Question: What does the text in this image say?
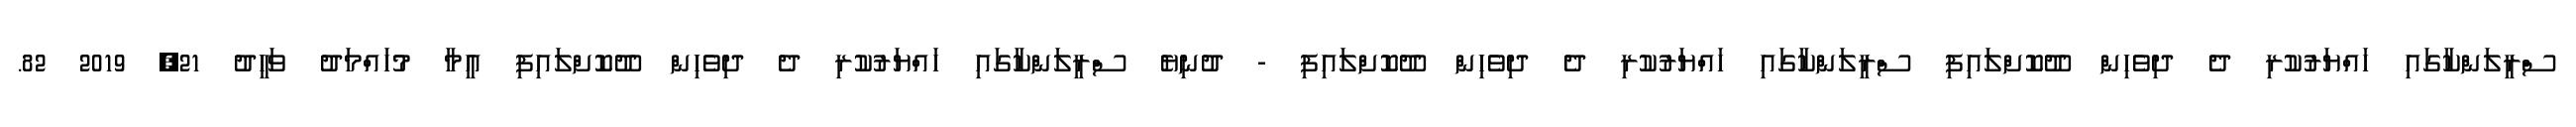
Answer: ސްރީލަންކާގައި ހައްޔަރުކުރި ދެ ދިވެހިން ދޫކޮށްލައިފި ސްރީލަންކާގައި ހައްޔަރުކުރި ދެ ދިވެހިން ދޫކޮށްލައިފި - ދުނިޔެ ސްރީލަންކާގައި ހައްޔަރުކުރި ދެ ދިވެހިން ދޫކޮށްލައިފި އީމާ މުހައްމަދު ވަހީދު 21, 2019 82.